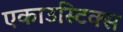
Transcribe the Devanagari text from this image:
एकाउस्टिक्स